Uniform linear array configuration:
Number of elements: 4
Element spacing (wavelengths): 0.5
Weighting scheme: blackman
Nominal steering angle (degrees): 30
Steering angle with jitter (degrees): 28.673
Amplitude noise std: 0.05
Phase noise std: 0.05

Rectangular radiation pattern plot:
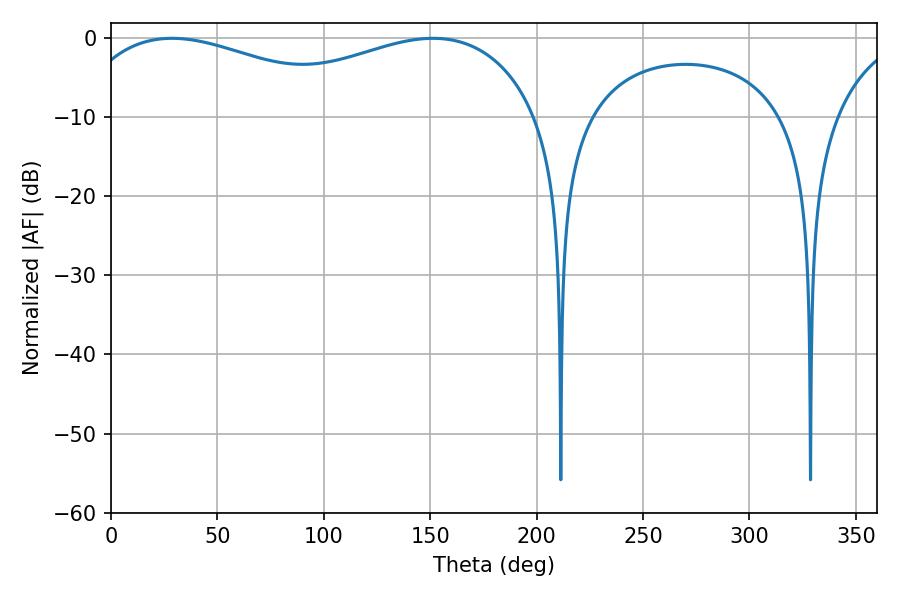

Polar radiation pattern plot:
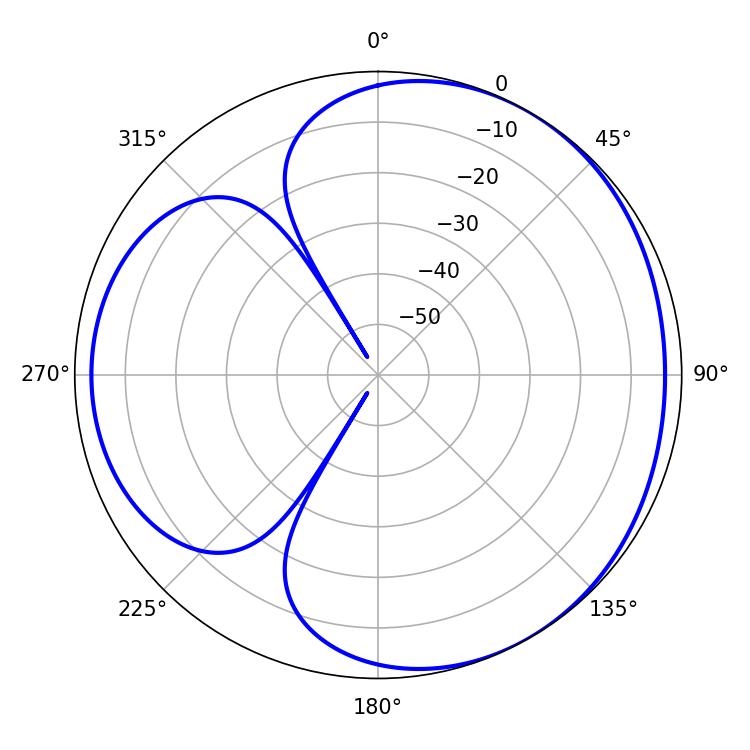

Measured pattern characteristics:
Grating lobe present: FALSE
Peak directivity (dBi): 3.505
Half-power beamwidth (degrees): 78.48
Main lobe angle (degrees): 28.62